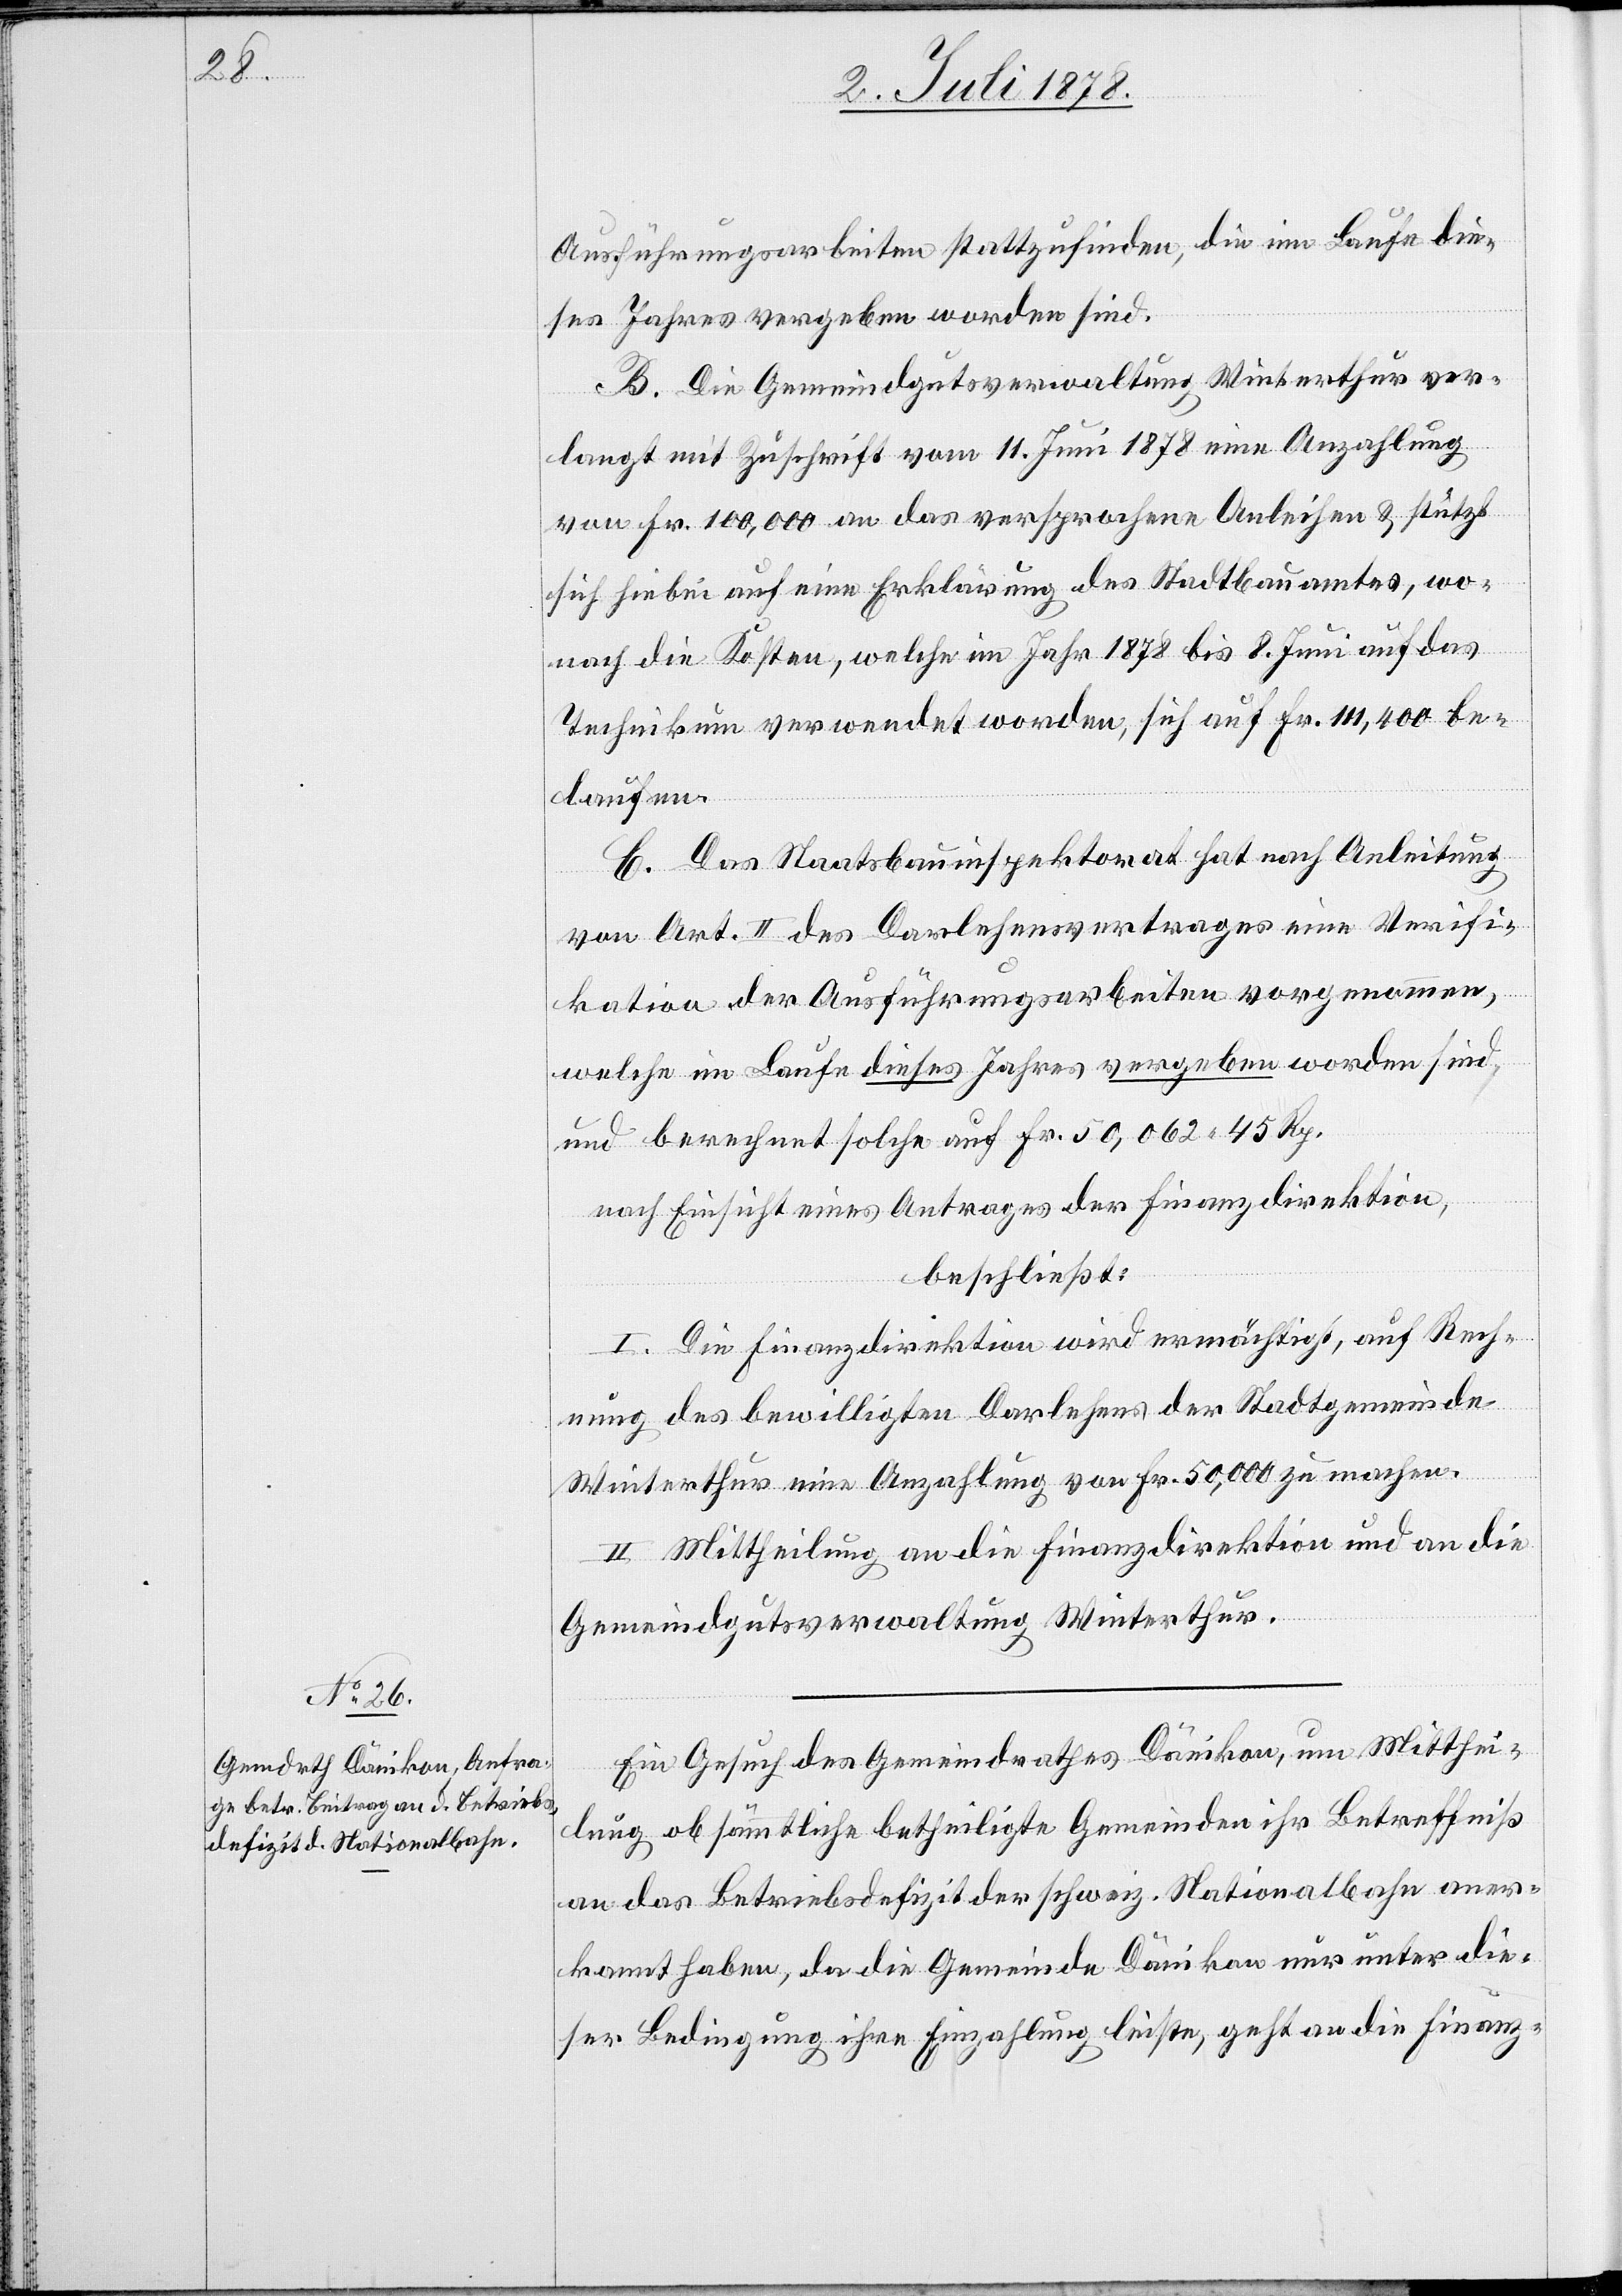
Ausführungsarbeiten stattzufinden, die im Laufe die¬
ses Jahres vergeben worden sind.
B. Die Gemeindgutsverwaltung Winterthur ver¬
langt mit Zuschrift vom 11. Juni 1878 eine Anzahlung
von Fr. 100,000 an das versprochene Anleihen & stützt
sich hiebei auf eine Erklärung des Stadtbauamtes, wo¬
nach die Kosten, welche im Jahr 1878 bis 8. Juni auf das
Technikum verwendet worden, sich auf Fr. 111,400 be¬
laufen.
C. Das Staatsbauinspektorat hat nach Anleitung
von Art. II des Darlehensvertrages eine Verifi¬
kation der Ausführungsarbeiten vorgenommen,
welche im Laufe dieses Jahres vergeben worden sind
und berechnet solche auf Fr. 50,062 45 Rp.
nach Einsicht eines Antrages der Finanzdirektion,
beschließt:
I. Die Finanzdirektion wird ermächtigt, auf Rech¬
nung des bewilligten Darlehens der Stadtgemeinde
Winterthur eine Anzahlung von Fr. 50,000 zu machen.
II. Mittheilung an die Finanzdirektion und an die
Gemeindgutsverwaltung Winterthur.
Ein Gesuch des Gemeindrathes Dänikon, um Mitthei¬
lung ob sämmtliche betheiligte Gemeinden ihr Betreffniß
an das Betriebsdefizit der schweiz. Nationalbahn aner¬
kannt haben, da die Gemeinde Dänikon nur unter die¬
ser Bedingung ihre Einzahlung leiste, geht an die Finanz-